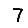
Digit: 7